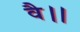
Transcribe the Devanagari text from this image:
वै।।